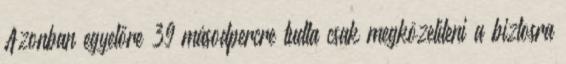
Azonban egyelőre 39 másodpercre tudta csak megközelíteni a biztosra